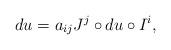
LaTeX: \begin{align*}du=a_{ij}J^{j}\circ du\circ I^i,\end{align*}